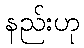
နည်းဟု